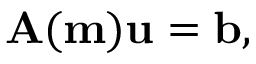
\mathbf { A ( m ) u } = \mathbf { b } ,